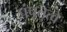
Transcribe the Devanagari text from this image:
पंचतत्वे